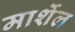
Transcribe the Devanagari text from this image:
मार्शेल